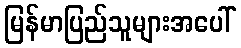
မြန်မာပြည်သူများအပေါ်